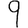
Digit: 9